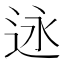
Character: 𬨣